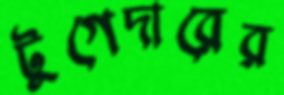
টুগেদারের